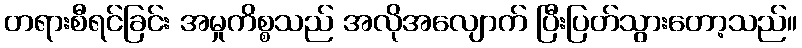
တရားစီရင်ခြင်း အမှုကိစ္စသည် အလိုအလျောက် ပြီးပြတ်သွားတော့သည်။